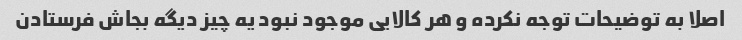
اصلا به توضیحات توجه نکرده و هر کالایی موجود نبود یه چیز دیگه بجاش فرستادن